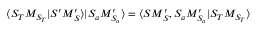
\langle S _ { T } M _ { S _ { T } } | S ^ { \prime } M _ { S } ^ { \prime } \rangle | S _ { a } M _ { S _ { a } } ^ { \prime } \rangle = \langle S M _ { S } ^ { \prime } , S _ { a } M _ { S _ { a } } ^ { \prime } | S _ { T } M _ { S _ { T } } \rangle